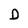
Character: D